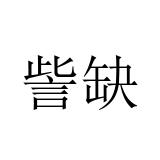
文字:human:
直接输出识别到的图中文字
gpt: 訾缺